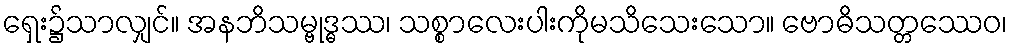
ရှေး၌သာလျှင်။ အနဘိသမ္ဗုဒ္ဓဿ၊ သစ္စာလေးပါးကိုမသိသေးသော။ ဗောဓိသတ္တဿေဝ၊